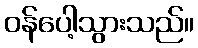
ဝန်ပေါ့သွားသည်။